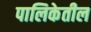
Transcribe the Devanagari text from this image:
पालिकेतील